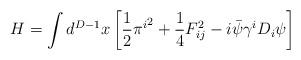
LaTeX: \begin{align*}H=\int d^{D-1}x\left[{1\over2}{\pi^i}^2+{1\over4}F_{ij}^2-i\bar\psi\gamma^i D_i\psi\right]\end{align*}